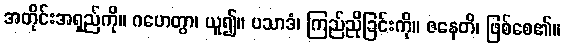
အတိုင်းအရှည်ကို။ ဂဟေတွာ၊ ယူ၍။ ပသာဒံ၊ ကြည်ညိုခြင်းကို။ ဇနေတိ၊ ဖြစ်စေ၏။